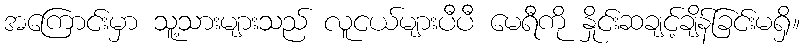
အကြောင်းမှာ သူ့သားများသည် လူငယ်များပီပီ မေရီကို နှိုင်းဆချင့်ချိန်ခြင်းမရှိ။